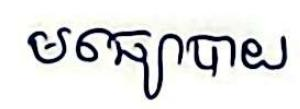
មធ្យោបាយ